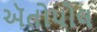
ઍતોપોલ